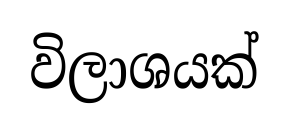
විලාශයක්